Scottish Leaving Certificate Examination, 1955
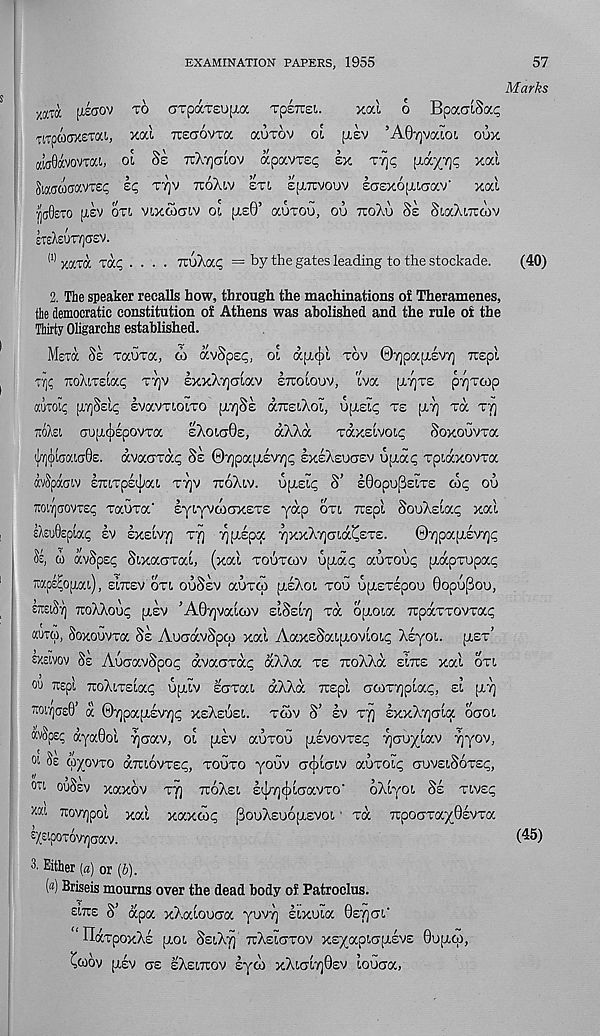
EXAMINATION PAPERS, 1955
57
Marks
xotx
ciTpaTEUfjta rpsTrei.
xal o BpocoiSap
TlTpWTXSTK!., xai TTSCJOVTOC OCUTOV 01 p,£V ’A07]VatO!, OOX
atdOavovTai, oi Ss tcXtjctiov apocvrsp sx
(kaoWvxsp sp T7)v tuoXlv ext, sprvouv IcrExopuaav' xal
•/)(j0ETO (xev oxl vixwcnv oi p.£0’ auxoG, ou tioXu Se SiaXiTicov
£TeA£UT7)(T£V.
(1) xaxix xap .... TEuXap = by the gates leading to the stockade.
(40)
2. The speaker recalls how, through the machinations oi Theramenes,
the democratic constitution of Athens was abolished and the rule oi the
Thirty Oligarchs established.
Mera Ss xauxa, co avSpsp, oi ajjxjx xov 07]papiEV7] Trspi
Ty)^ TloXlTEiap X7]V EXxXvjCJLaV ETEOLOUV, iva [jL7]X£ p7|XC0p
autoti; [TYjSsip £VaVXlOt,XO piY)§£ (XTCElXoi, UptEIg X£ [AT] xa XT]
iroXsi au[i,(()£povxa
eXoicjOe,
aXXa
xaxstvou;
SoxoGvxa
(Jw](|)(tjai(j0e. avaoxac Se 07]pocp.£VT]p exeXeucjev uptag xpiaxovxa
avSpatnv ETaxps^at xt]v ttoXiv. upiELg S’ s0opuf3stx£ cog ou
7totT|(jovTEg xauxa' EyiYVcoaxEXE yap oxi Trspl SouXstag xal
eAEu0£piag sv exeivt] xt] T^piEpa 7]xxX7]<jiaCex£.
0T]pa[X£VT]g
Se, (o avSpsg Sixacrxai, (xal xouxcov uptag auxoug pxapxupag
JiapE^opiai), sitcev oxl ouSsv auxoo [teXoi xoG upiExIpou BopGpou,
etoiSt] TroXXoug [xev ’A07]valcov elSeIt] xa optoia Ttpaxxovxag
aura, SoxoGvxa Se AucravSpcp xal AaxESatfxovloLg XEyot. p.£x’
EXEtvov Se AucavSpog avaoxag aXXa xe TtoXXa eItee xal oxi
ou Ttepl xoXixslag Gfi.iv saxat. aXXa trspl GCOXTjplag, ei fi.7]
TtotyjosO’ a 0T]pafi,£V7]g xeXeuel xcov S’ sv xtj sxxX^ala ouoi
«vSpsg ayaOol T]crav, ol fxsv auxoG piEVOVxEg 7]Guylav Tjyov,
ot Se wyovxo amovxsg, xoGxo yoGv
auxoig auvsiSoxsg,
oti ouSev xaxov xtj ttoXei I^Tj^loavxo'
oXtyot. Se xivEg
xoa TOvyjpol xal xaxcog pouX£u6fi,EVOL xa TrpoGxaxQsvxa
OXEtpOTOVTJoaV.
(^0
3 . Either (a) or (6).
(«) Briseis mourns over the dead body of Patroclus.
£i.tue S’ apa xXaloucra yuvy] lixuia Betjgi.'
‘HaxpoxXs iaol SeiXt) tcXeictxov XEyapixfievs Butitp,
twov jjiv as eXeiteov syoo xXigIt]0£V louaa,